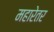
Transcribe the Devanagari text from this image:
महारेतर